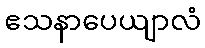
ဧသနာပေယျာလံ